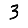
Digit: 3